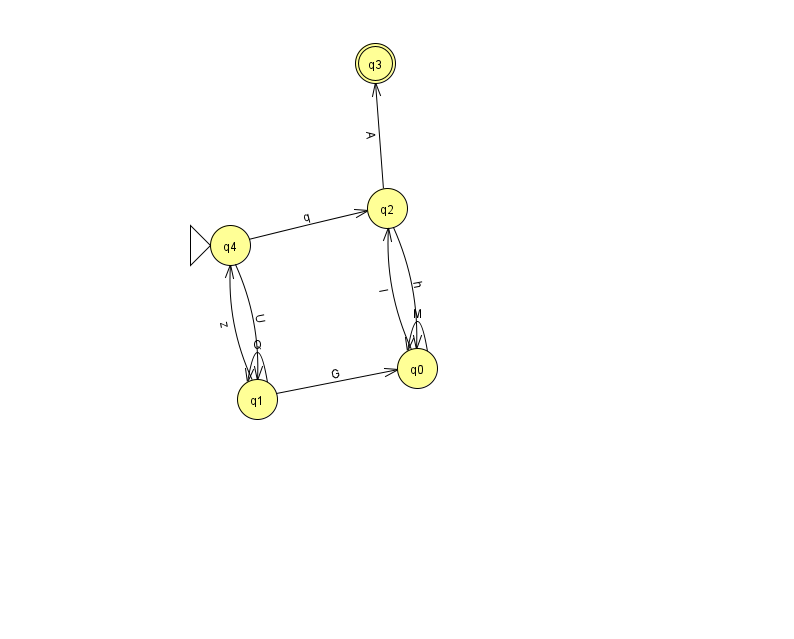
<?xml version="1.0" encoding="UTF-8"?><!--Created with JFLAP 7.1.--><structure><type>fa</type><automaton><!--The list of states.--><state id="0" name="q0"><x>417.0</x><y>355.0</y></state><state id="1" name="q1"><x>257.0</x><y>386.0</y></state><state id="2" name="q2"><x>387.0</x><y>195.0</y></state><state id="3" name="q3"><x>375.0</x><y>50.0</y><final/></state><state id="4" name="q4"><x>230.0</x><y>232.0</y><initial/></state><!--The list of transitions.--><transition><from>2</from><to>3</to><read>A</read></transition><transition><from>4</from><to>2</to><read>q</read></transition><transition><from>1</from><to>1</to><read>Q</read></transition><transition><from>1</from><to>0</to><read>G</read></transition><transition><from>4</from><to>1</to><read>U</read></transition><transition><from>1</from><to>4</to><read>z</read></transition><transition><from>2</from><to>0</to><read>h</read></transition><transition><from>0</from><to>2</to><read>l</read></transition><transition><from>0</from><to>0</to><read>M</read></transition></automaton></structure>